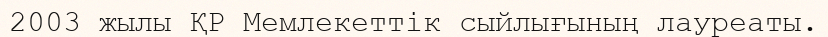
2003 жылы ҚР Мемлекеттік сыйлығының лауреаты.